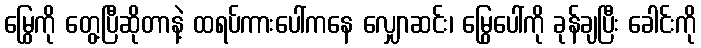
မြွေကို တွေ့ပြီဆိုတာနဲ့ ထရပ်ကားပေါ်ကနေ လျှောဆင်း၊ မြွေပေါ်ကို ခုန်ချပြီး ခေါင်းကို